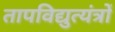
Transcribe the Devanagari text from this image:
तापविद्युत्यंत्रों